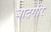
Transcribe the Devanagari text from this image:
बादगीर